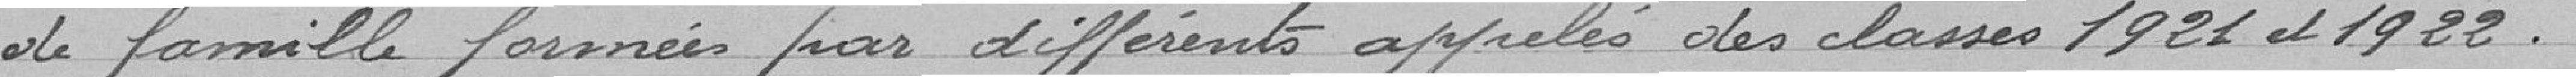
de famille fournies par différents appelés des classes 1921 et 1922.